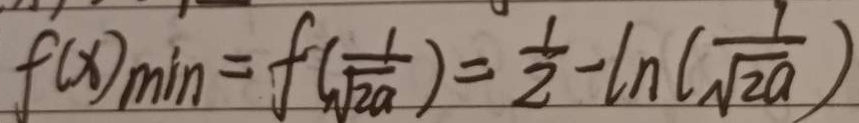
f ( x ) _ { \min } = f ( \frac { 1 } { \sqrt { 2 a } } ) = \frac { 1 } { 2 } - \ln ( \frac { 1 } { \sqrt { 2 a } } )